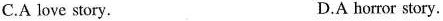
C.A love story. D.A horror story.